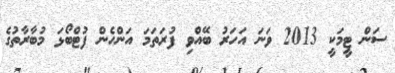
ސަން ޓީމަކީ 2013 ވަނަ އަހަރު ބޭއްވި ފުރަތަމަ އަންހެން ފުޓްބޯޅަ މުބާރާތުގެ